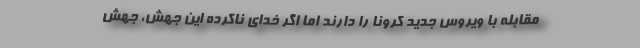
مقابله با ویروس جدید کرونا را دارند اما اگر خدای ناکرده این جهش، جهش